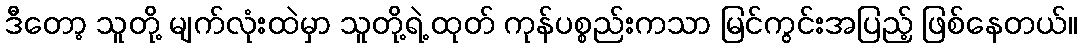
ဒီတော့ သူတို့ မျက်လုံးထဲမှာ သူတို့ရဲ့ ထုတ် ကုန်ပစ္စည်းကသာ မြင်ကွင်းအပြည့် ဖြစ်နေတယ်။